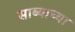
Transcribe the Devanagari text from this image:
साब्याच्या